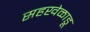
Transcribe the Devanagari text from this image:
सहखेळाडू